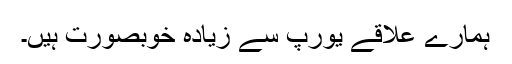
ہمارے علاقے یورپ سے زیادہ خوبصورت ہیں۔